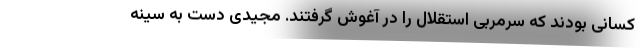
کسانی بودند که سرمربی استقلال را در آغوش گرفتند. مجیدی دست به سینه